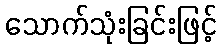
သောက်သုံးခြင်းဖြင့်